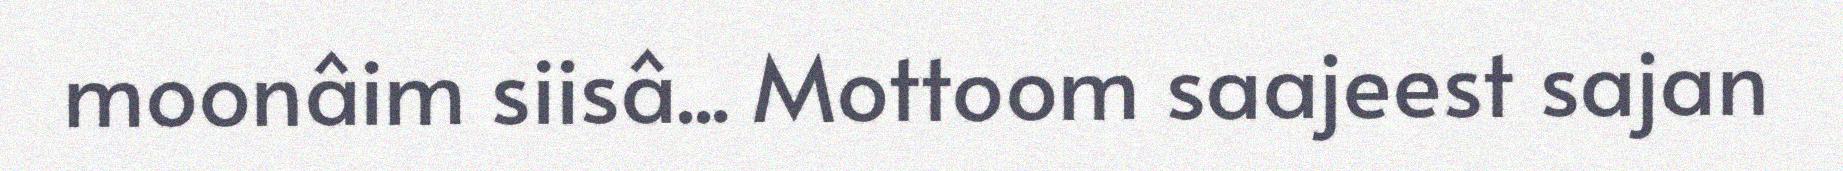
moonâim siisâ... Mottoom saajeest sajan